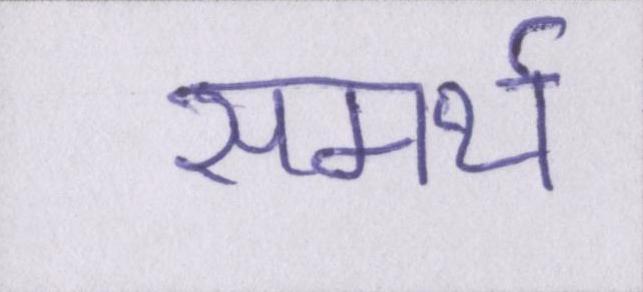
समर्थ